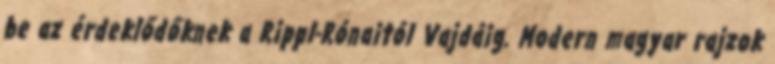
be az érdeklődőknek a Rippl-Rónaitól Vajdáig. Modern magyar rajzok